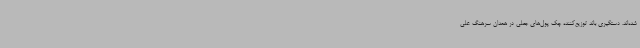
شده‌اند. دستگیری باند توزیع‌کننده چک پول‌های جعلی در همدان سرهنگ علی